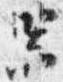
器